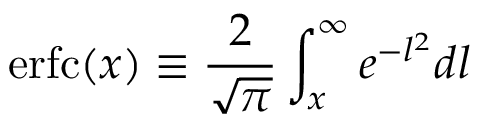
\mathrm { e r f c } ( x ) \equiv \frac { 2 } { \sqrt { \pi } } \int _ { x } ^ { \infty } e ^ { - l ^ { 2 } } d l